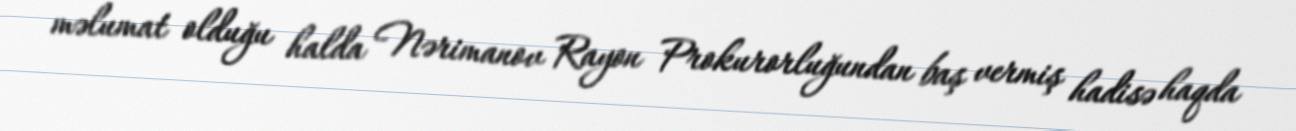
məlumat olduğu halda Nərimanov Rayon Prokurorluğundan baş vermiş hadisə haqda